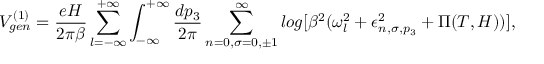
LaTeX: V _ { g e n } ^ { ( 1 ) } = \frac { e H } { 2 \pi \beta } \sum _ { l = - \infty } ^ { + \infty } \int _ { - \infty } ^ { + \infty } \frac { d p _ { 3 } } { 2 \pi } \sum _ { n = 0 , \sigma = 0 , \pm 1 } ^ { \infty } l o g [ \beta ^ { 2 } ( \omega _ { l } ^ { 2 } + \epsilon _ { n , \sigma , p _ { 3 } } ^ { 2 } + \Pi ( T , H ) ) ] ,